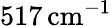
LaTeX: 517\, \mathrm{cm}^{-1}